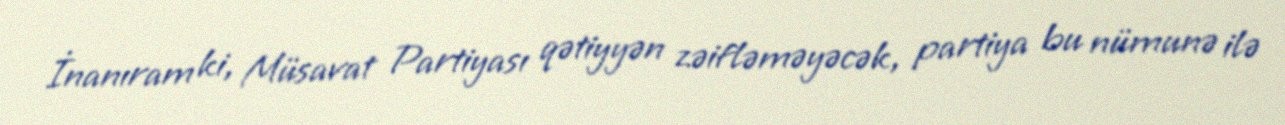
İnanıram ki, Müsavat Partiyası qətiyyən zəifləməyəcək, partiya bu nümunə ilə